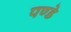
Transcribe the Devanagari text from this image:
पण्डे